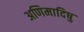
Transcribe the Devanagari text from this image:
अणिमादिषु